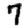
Digit: 7